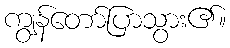
ကျွန်တော်ပြာသွား၏။